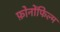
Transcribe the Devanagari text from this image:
फ़ोनोंफिल्म